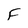
Character: F